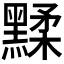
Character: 𪑶